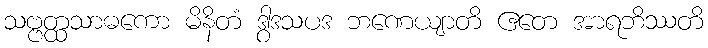
သဗ္ဗတ္ထသာဓကော မိနိတံ ဒွါဒသပဒ ဘဏေယျာတိ ဧတေ အာရဘိဿတိ